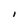
Character: i